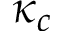
\kappa _ { c }